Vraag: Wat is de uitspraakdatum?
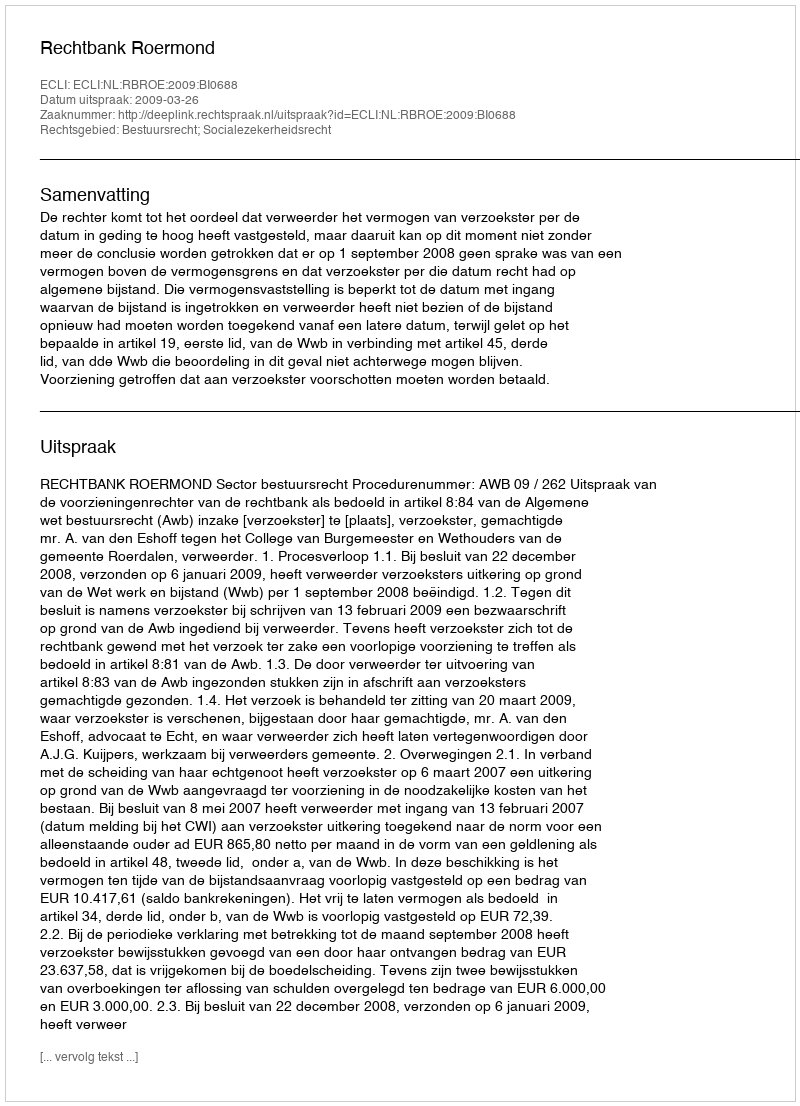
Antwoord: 2009-03-26